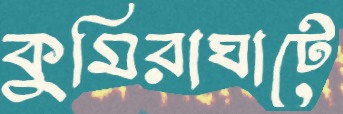
কুমিরাঘাটে